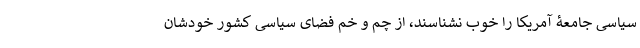
سیاسی جامعۀ آمریکا را خوب نشناسند، از چم و خم فضای سیاسی کشور خودشان